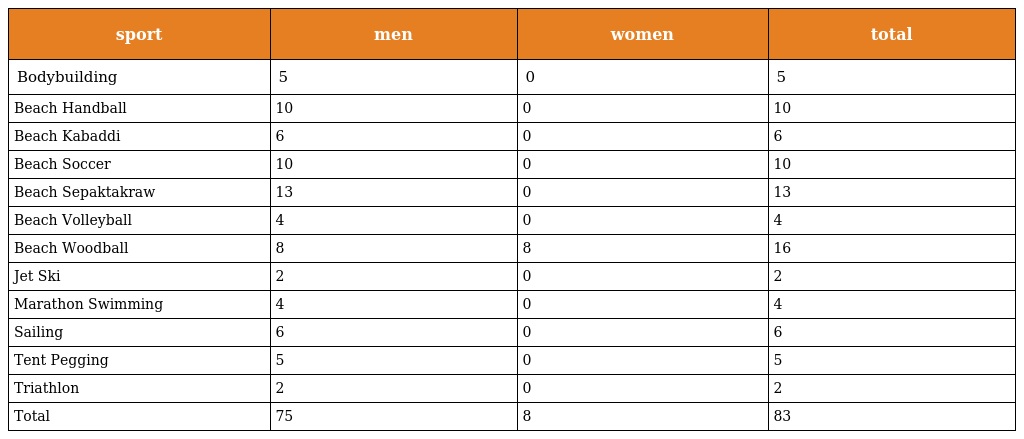
| sport | men | women | total |
 | --- | --- | --- | --- |
 | Bodybuilding | 5 | 0 | 5 |
 | Beach Handball | 10 | 0 | 10 |
 | Beach Kabaddi | 6 | 0 | 6 |
 | Beach Soccer | 10 | 0 | 10 |
 | Beach Sepaktakraw | 13 | 0 | 13 |
 | Beach Volleyball | 4 | 0 | 4 |
 | Beach Woodball | 8 | 8 | 16 |
 | Jet Ski | 2 | 0 | 2 |
 | Marathon Swimming | 4 | 0 | 4 |
 | Sailing | 6 | 0 | 6 |
 | Tent Pegging | 5 | 0 | 5 |
 | Triathlon | 2 | 0 | 2 |
 | Total | 75 | 8 | 83 |